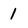
Character: 1